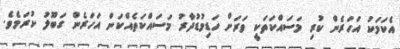
އެކަމަކު އަހަރެން ކުރި މަސައްކަތަކީ ވަރަށް ހަޑިމުޑުދާރު މަސައްކަތެއްކަން އަހަރެން ގަބޫލު ކުރަމެވެ.